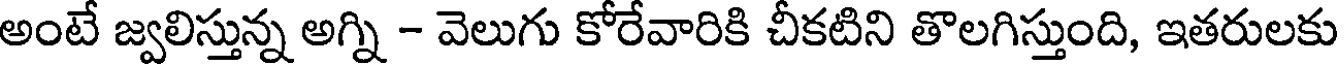
అంటే జ్వలిస్తున్న అగ్ని - వెలుగు కోరేవారికి చీకటిని తొలగిస్తుంది, ఇతరులకు